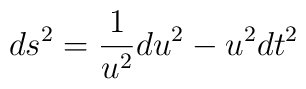
ds^{2}=\frac{1}{u^{2}}du^{2}-u^{2}dt^{2}